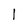
Character: I